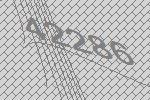
42286